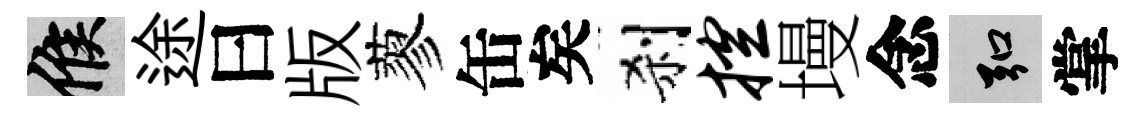
候途曰版蓼缶矣刹控墁念弘掌